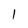
Character: 1